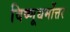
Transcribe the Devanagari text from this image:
विष्णूधर्मोत्तर